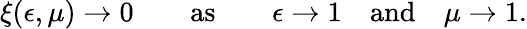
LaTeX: \xi(\epsilon,\mu)\to 0\qquad\mathrm{as}\qquad\epsilon\to 1\quad\mathrm{and}\quad\mu\to 1.